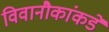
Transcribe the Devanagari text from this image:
विवानौकांकडे